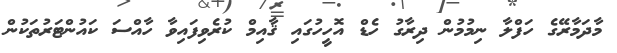
މާދަމާރޭގެ ހަފްލާ ނިމުމުން ދިރާގު ހެޑް އޮހީހުގައި ޤާއިމް ކުރެވިފައިވާ ހާއްސަ ކައުންޓަރުތަކުން